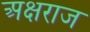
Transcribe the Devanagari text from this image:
अक्षराज